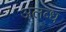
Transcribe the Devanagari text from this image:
अलब्ध